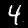
Digit: 4